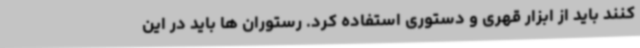
کنند باید از ابزار قهری و دستوری استفاده کرد. رستوران ها باید در این